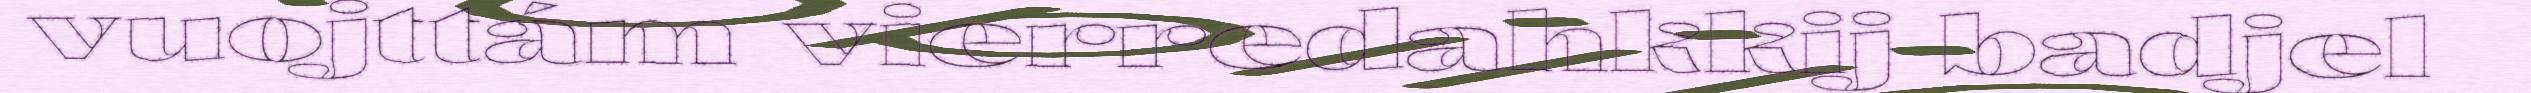
vuojttám vierredahkkij badjel